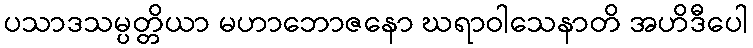
ပသာဒသမ္ပတ္တိယာ မဟာဘောဇနော ဃရာဝါသေနာတိ အဟိဒီပေါ